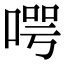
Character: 㗁